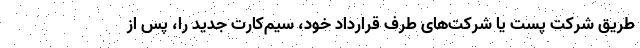
طریق شرکت پست یا شرکت‌های طرف قرارداد خود، سیم‌کارت جدید را، پس از